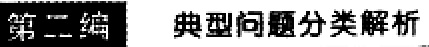
第二编 典型问题分类解析